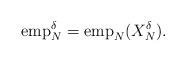
LaTeX: \begin{align*} {\rm emp}_{N}^{\delta} = {\rm emp}_{N}(X_{N}^{\delta}).\end{align*}